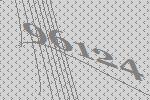
96124